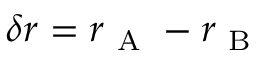
\delta r = r _ { \mathrm { ~ A ~ } } - r _ { \mathrm { ~ B ~ } }